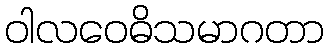
ဝါလဝေဓိသမာဂတာ